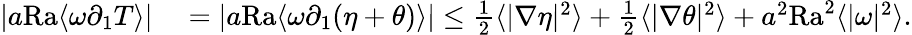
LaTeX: \begin{array}{rl}{|a\mathrm{{Ra}}\langle\omega\partial_{1}T\rangle|}&{{}=|a\mathrm{{Ra}}\langle\omega\partial_{1}(\eta+\theta)\rangle|\leq\frac{1}{2}\langle|\nabla\eta|^{2}\rangle+\frac{1}{2}\langle|\nabla\theta|^{2}\rangle+a^{2}\mathrm{{Ra}}^{2}\langle|\omega|^{2}\rangle.}\end{array}